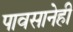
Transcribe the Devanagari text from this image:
पावसानेही